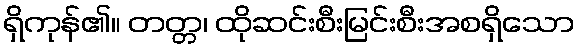
ရှိကုန်၏။ တတ္တ၊ ထိုဆင်းစီးမြင်းစီးအစရှိသော